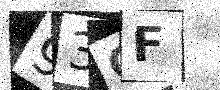
Text: 93GF